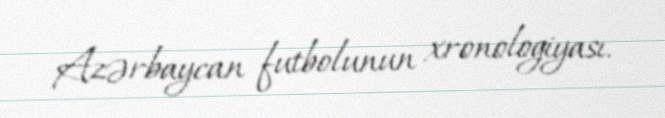
Azərbaycan futbolunun xronologiyası.